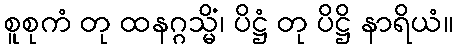
စူစုကံ တု ထနဂ္ဂသ္မိံ၊ ပိဋ္ဌံ တု ပိဋ္ဌိ နာရိယံ။